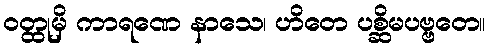
ဝတ္ထုမှိ ကာရဏေ နာသေ၊ ဟိတေ ပစ္ဆိမပဗ္ဗတေ။